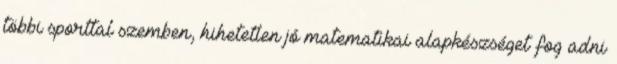
többi sporttal szemben, hihetetlen jó matematikai alapkészséget fog adni